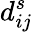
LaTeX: d_{ij}^{s}